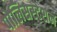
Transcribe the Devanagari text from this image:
पोलिसस्टेशन